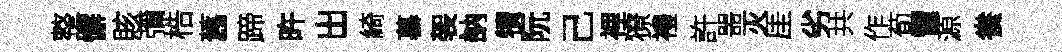
整懈賅彌梏舊蹄旿出綺慕袈訥犢阮己裡獠禮許噐灭厓劣共作荀雷源飬